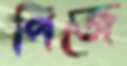
পিজে